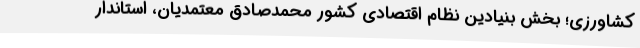
کشاورزی؛ بخش‌ بنیادین نظام اقتصادی کشور محمدصادق معتمدیان،‌ استاندار